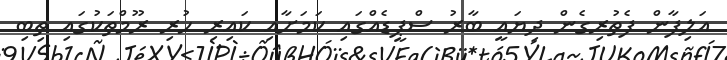
އަލިފާން ފެތުރިގެން ދިޔައީ ބާރު ސްޕީޑެއްގައި ކަމަށާއި ކައިރި ހުރި ރޫމްތަކުގައި ތިބި